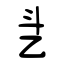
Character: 乧